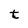
Character: t